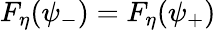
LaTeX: F_{\eta}(\psi_{-})=F_{\eta}(\psi_{+})